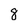
Character: 8